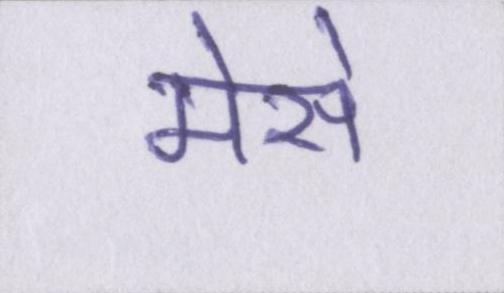
मेसे